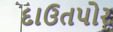
દાઉતપોર